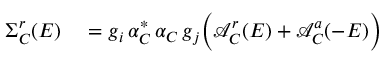
\begin{array} { r l } { \Sigma _ { C } ^ { r } ( E ) } & { { } = g _ { i } \, \alpha _ { C } ^ { * } \, \alpha _ { C } \, g _ { j } \bigg ( \mathcal { A } _ { C } ^ { r } ( E ) + \mathcal { A } _ { C } ^ { a } ( - E ) \bigg ) } \end{array}